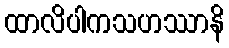
ထာလိပါကသဟဿာနိ